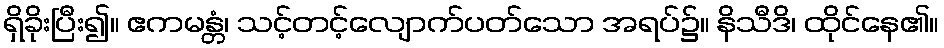
ရှိခိုးပြီး၍။ ဧကမန္တံ၊ သင့်တင့်လျောက်ပတ်သော အရပ်၌။ နိသီဒိ၊ ထိုင်နေ၏။